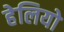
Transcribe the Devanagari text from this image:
हेलियो